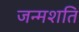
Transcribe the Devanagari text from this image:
जन्मशति